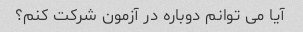
آیا می توانم دوباره در آزمون شرکت کنم؟